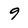
Character: 9